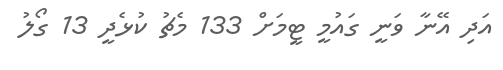
އަދި އޭނާ ވަނީ ގައުމީ ޓީމަށް 133 މެޗު ކުޅެދީ 13 ގޯލު